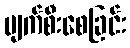
ပျက်စီးစေခြင်း